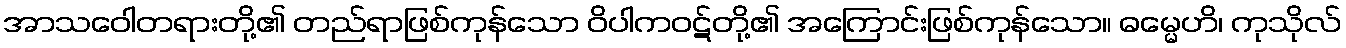
အာသဝေါတရားတို့၏ တည်ရာဖြစ်ကုန်သော ဝိပါကဝဋ်တို့၏ အကြောင်းဖြစ်ကုန်သော။ ဓမ္မေဟိ၊ ကုသိုလ်